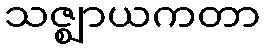
သဇ္ဈာယကတာ